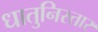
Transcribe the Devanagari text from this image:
धातुनिस्तार